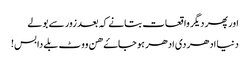
اور پھر دیگر واقعات بتانے کہ بعد زور سے بولے
دنیا ادھر دی ادھر ہو جاۓ ھن ووٹ بلے دا بس!